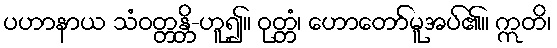
ပဟာနာယ သံဝတ္တန္တိ-ဟူ၍။ ဝုတ္တံ၊ ဟောတော်မူအပ်၏။ ဣတိ၊